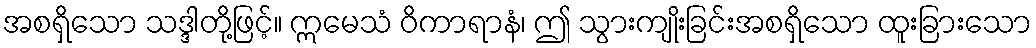
အစရှိသော သဒ္ဒါတို့ဖြင့်။ ဣမေသံ ဝိကာရာနံ၊ ဤ သွားကျိုးခြင်းအစရှိသော ထူးခြားသော